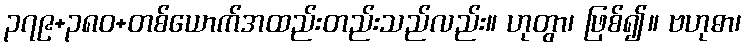
၃၇၉+၃၈၀+တစ်ယောက်အထည်းတည်းသည်လည်း။ ဟုတွာ၊ ဖြစ်၍။ ဗဟုဓာ၊